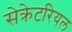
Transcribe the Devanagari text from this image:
सेक्रेटरियल